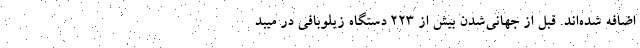
اضافه شده‌اند. قبل از جهانی‌شدن بیش از ۲۲۳ دستگاه زیلوبافی در میبد